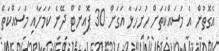
އެގޮތުން އެ މަސައްކަތަށް ހުށަހަޅާ އަގަށް 30 ޕޮއިންޓް ދޭނެ ކަމަށާއި މަސައްކަތް